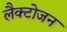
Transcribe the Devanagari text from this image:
लैक्टोजन